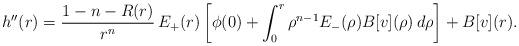
LaTeX: \begin{align*} h''(r)=\frac{1-n-R(r)}{r^n}\,E_+(r)\left[\phi(0)+\int_0^r\rho^{n-1}E_-(\rho) B[v](\rho)\,d\rho\right]+B[v](r). \end{align*}